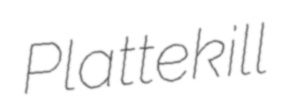
Plattekill